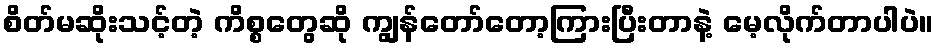
စိတ်မဆိုးသင့်တဲ့ ကိစ္စတွေဆို ကျွန်တော်တော့ကြားပြီးတာနဲ့ မေ့လိုက်တာပါပဲ။